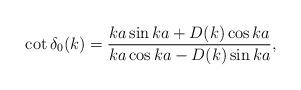
LaTeX: \begin{align*}\cot\delta_0(k)=\frac{ka \sin ka + D(k) \cos ka}{ka\cos ka -D(k)\sin ka},\end{align*}